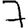
Digit: 7